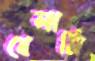
বেলামি